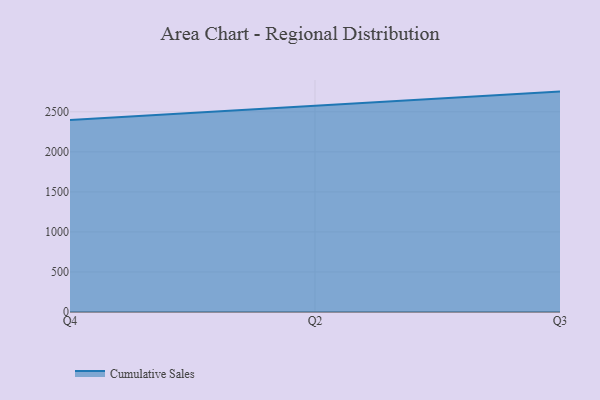
{"axis": {"x": "Quarter", "y": "Backlog"}, "legend": ["Cumulative Sales"], "data": [{"x": "Q4", "y": 2399.2, "type": "Cumulative Sales"}, {"x": "Q2", "y": 2574.0, "type": "Cumulative Sales"}, {"x": "Q3", "y": 2752.4, "type": "Cumulative Sales"}]}